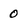
Character: 0